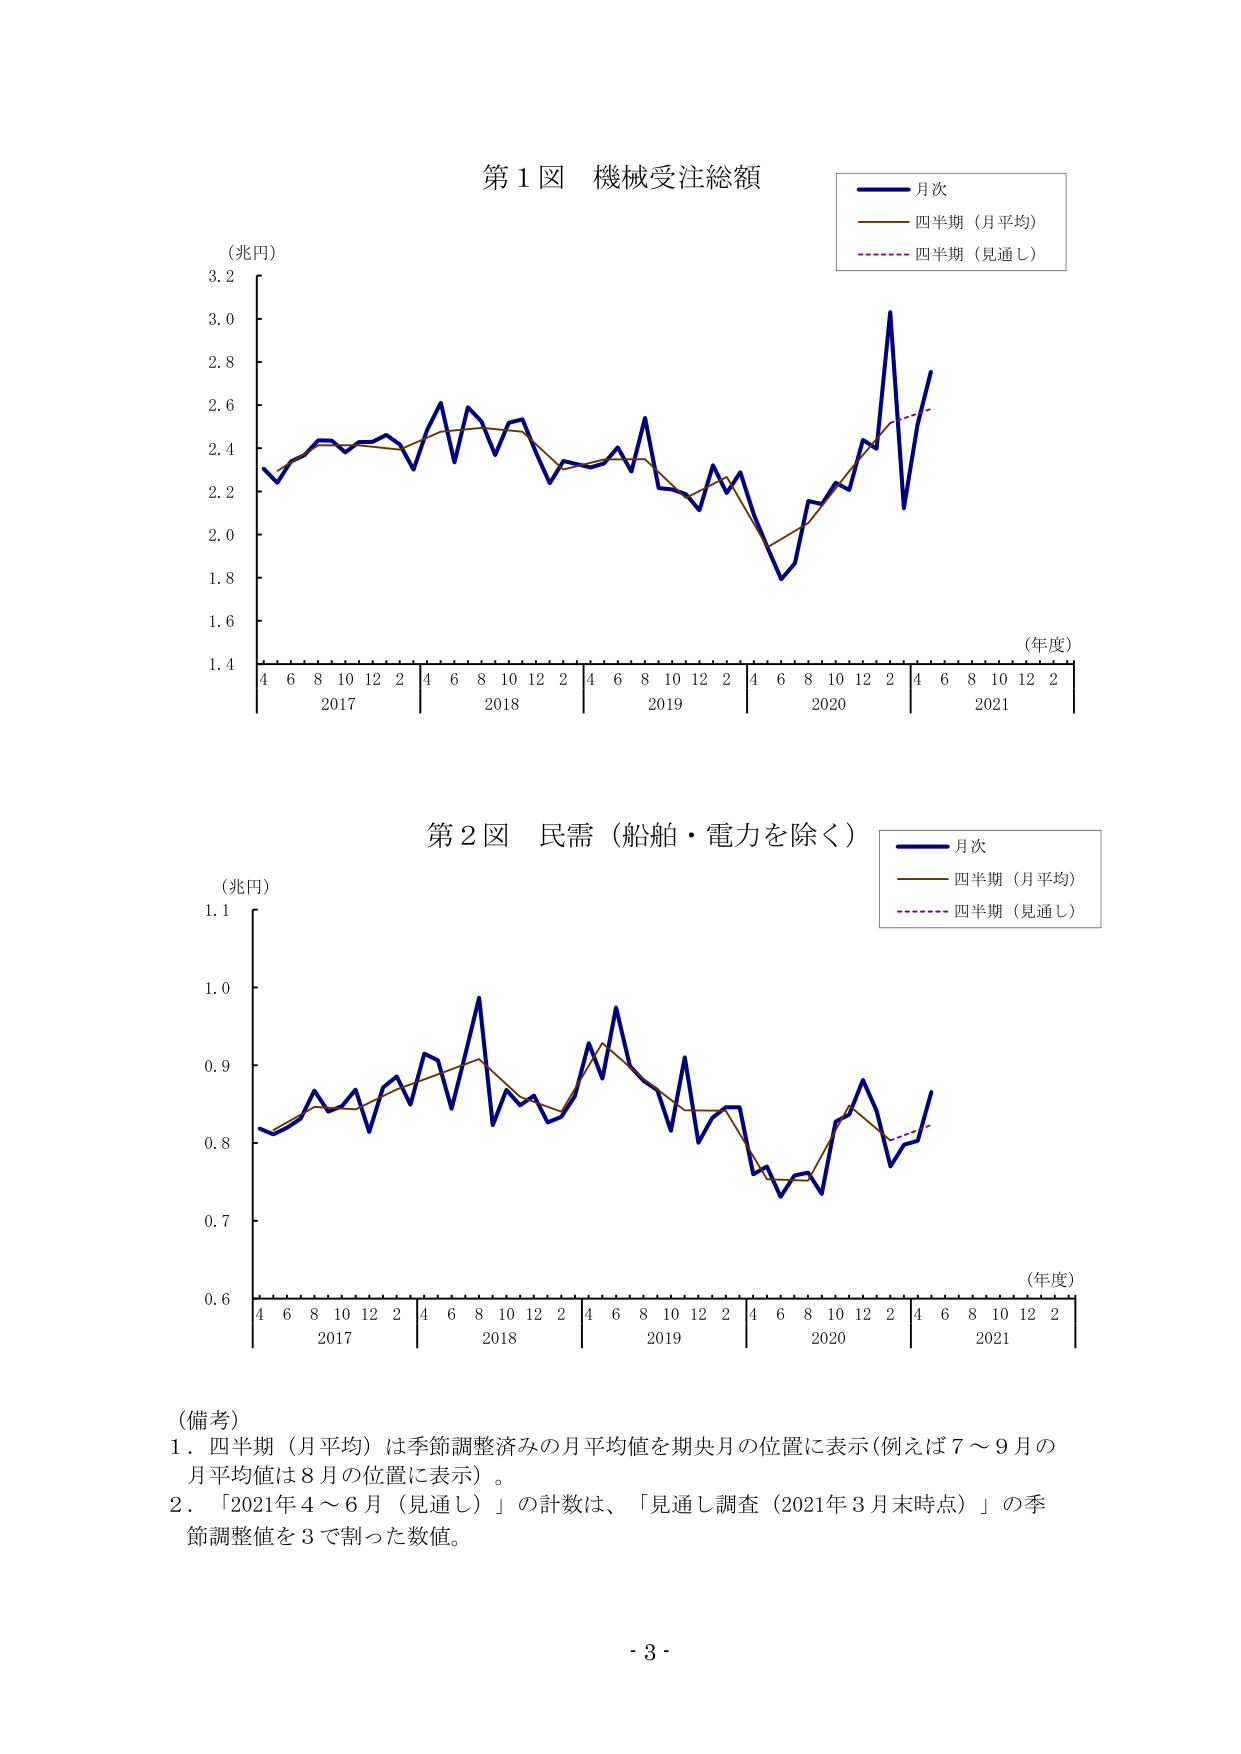
第１図 機械受注総額
（兆円）
3.2
3.0
2.8
2.6
2.4
2.2
2.0
1.8
1.6
1.4
4 6 8 10 12 2 4 6 8 10 12 2 4 6 8 10 12 2 4 6 8 10 12 2 4 6 8 10 12 2
2017 2018 2019 2020 2021
（年度）
月次
四半期（月平均）
四半期（見通し）

第２図 民需（船舶・電力を除く）
（兆円）
1.1
1.0
0.9
0.8
0.7
0.6
4 6 8 10 12 2 4 6 8 10 12 2 4 6 8 10 12 2 4 6 8 10 12 2 4 6 8 10 12 2
2017 2018 2019 2020 2021
（年度）
月次
四半期（月平均）
四半期（見通し）

（備考）
１．四半期（月平均）は季節調整済みの月平均値を期央月の位置に表示（例えば７～９月の月平均値は８月の位置に表示）。
２．「2021年４～６月（見通し）」の計数は、「見通し調査（2021年３月末時点）」の季節調整値を３で割った数値。

- 3 -